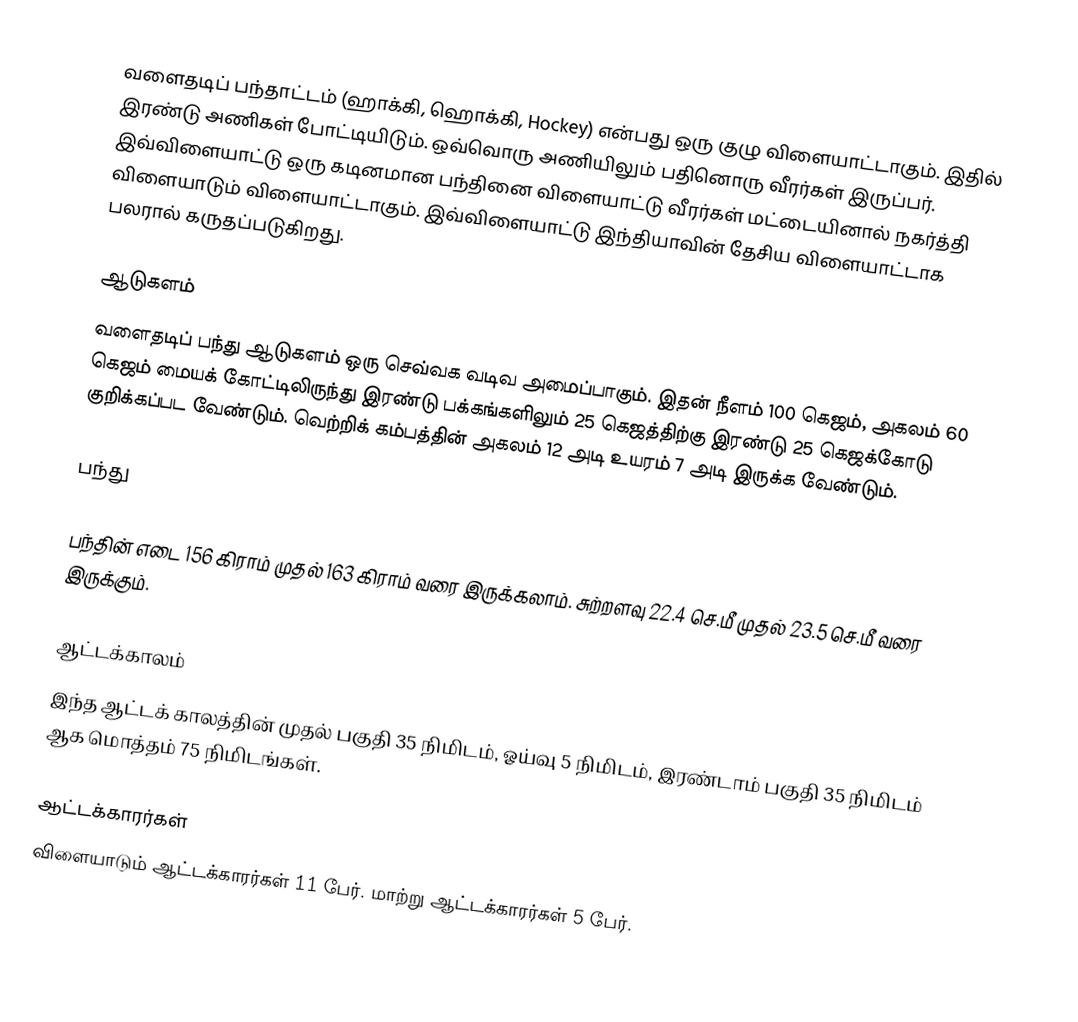
வளைதடிப் பந்தாட்டம் (ஹாக்கி, ஹொக்கி, Hockey) என்பது ஒரு குழு விளையாட்டாகும். இதில் இரண்டு அணிகள் போட்டியிடும். ஒவ்வொரு அணியிலும் பதினொரு வீரர்கள் இருப்பர். இவ்விளையாட்டு ஒரு கடினமான பந்தினை விளையாட்டு வீரர்கள் மட்டையினால் நகர்த்தி விளையாடும் விளையாட்டாகும். இவ்விளையாட்டு இந்தியாவின் தேசிய விளையாட்டாக பலரால் கருதப்படுகிறது.

ஆடுகளம்
வளைதடிப் பந்து ஆடுகளம் ஒரு செவ்வக வடிவ அமைப்பாகும். இதன் நீளம் 100 கெஜம், அகலம் 60 கெஜம் மையக் கோட்டிலிருந்து இரண்டு பக்கங்களிலும் 25 கெஜத்திற்கு இரண்டு 25 கெஜக்கோடு குறிக்கப்பட வேண்டும். வெற்றிக் கம்பத்தின் அகலம் 12 அடி உயரம் 7 அடி இருக்க வேண்டும்.

பந்து

பந்தின் எடை 156 கிராம் முதல் 163 கிராம் வரை இருக்கலாம். சுற்றளவு 22.4 செ.மீ முதல் 23.5 செ.மீ வரை இருக்கும்.

ஆட்டக்காலம்
இந்த ஆட்டக் காலத்தின் முதல் பகுதி 35 நிமிடம், ஓய்வு 5 நிமிடம், இரண்டாம் பகுதி 35 நிமிடம் ஆக மொத்தம் 75 நிமிடங்கள்.

ஆட்டக்காரர்கள்
விளையாடும் ஆட்டக்காரர்கள் 11 பேர். மாற்று ஆட்டக்காரர்கள் 5 பேர்.